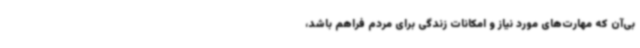
بی‌آن که مهارت‌های مورد نیاز و امکانات زندگی برای مردم فراهم باشد،